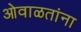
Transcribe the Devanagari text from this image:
ओवाळतांना